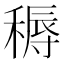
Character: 䅶